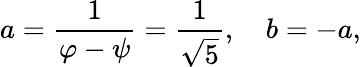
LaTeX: a={\frac{1}{\varphi-\psi}}={\frac{1}{\sqrt{5}}},\quad b=-a,